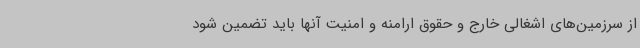
از سرزمین‌های اشغالی خارج و حقوق ارامنه و امنیت آنها باید تضمین شود